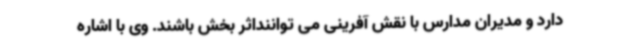
دارد و مدیران مدارس با نقش آفرینی می تواننداثر بخش باشند. وی با اشاره